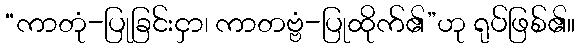
“ကာတုံ-ပြုခြင်းငှာ၊ ကာတဗ္ဗံ-ပြုထိုက်၏”ဟု ရုပ်ဖြစ်၏။